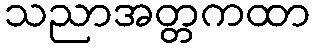
သညာအတ္တကထာ